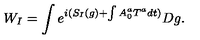
W _ { I } = \int e ^ { i ( S _ { I } ( g ) + \int A _ { 0 } ^ { a } T ^ { a } d t ) } D g .